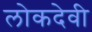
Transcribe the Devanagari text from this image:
लोकदेवी